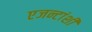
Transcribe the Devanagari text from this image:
एजन्टांशी